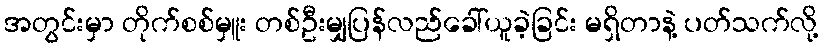
အတွင်းမှာ တိုက်စစ်မှူး တစ်ဦးမျှပြန်လည်ခေါ်ယူခဲ့ခြင်း မရှိတာနဲ့ ပတ်သက်လို့